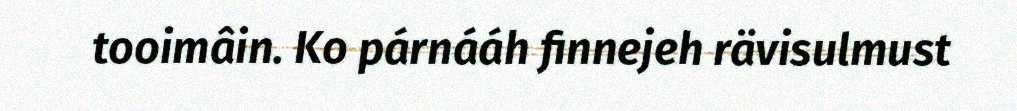
tooimâin. Ko párnááh finnejeh rävisulmust